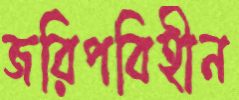
জরিপবিহীন